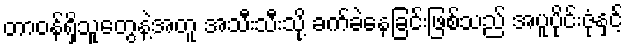
တာဝန်ရှိသူတွေနဲ့အတူ အသီးသီးသို့ ခက်ခဲနေခြင်းဖြစ်သည် အပူပိုင်းဇုံနှင့်